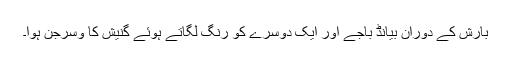
بارش کے دوران بیانڈ باجے اور ایک دوسرے کو رنگ لگاتے ہوئے گنیش کا وسرجن ہوا۔